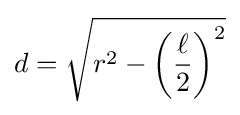
d={\sqrt {r^{2}-\left({\frac {\ell }{2}}\right)^{2}}}